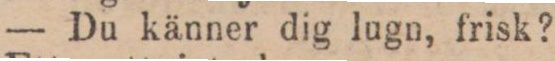
— Du känner dig lugn, frisk?